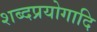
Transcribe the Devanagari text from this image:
शब्दप्रयोगादि